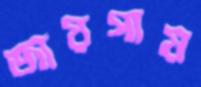
জায়গায়